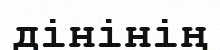
дінінің